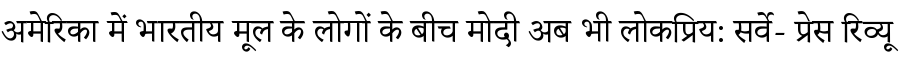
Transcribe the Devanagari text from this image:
अमेरिका में भारतीय मूल के लोगों के बीच मोदी अब भी लोकप्रिय: सर्वे- प्रेस रिव्यू